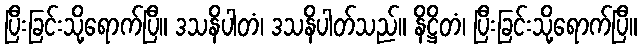
ပြီးခြင်းသို့ရောက်ပြီ။ ဒသနိပါတံ၊ ဒသနိပါတ်သည်။ နိဋ္ဌိတံ၊ ပြီးခြင်းသို့ရောက်ပြီ။